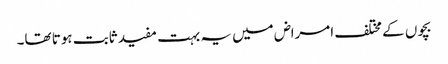
بچوں کے مختلف امراض میں یہ بہت مفید ثابت ہوتا تھا۔